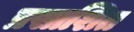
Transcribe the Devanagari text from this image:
प्रसाशित